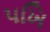
પખિ